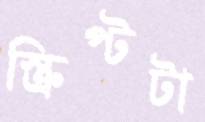
স্ক্রিপ্টটা